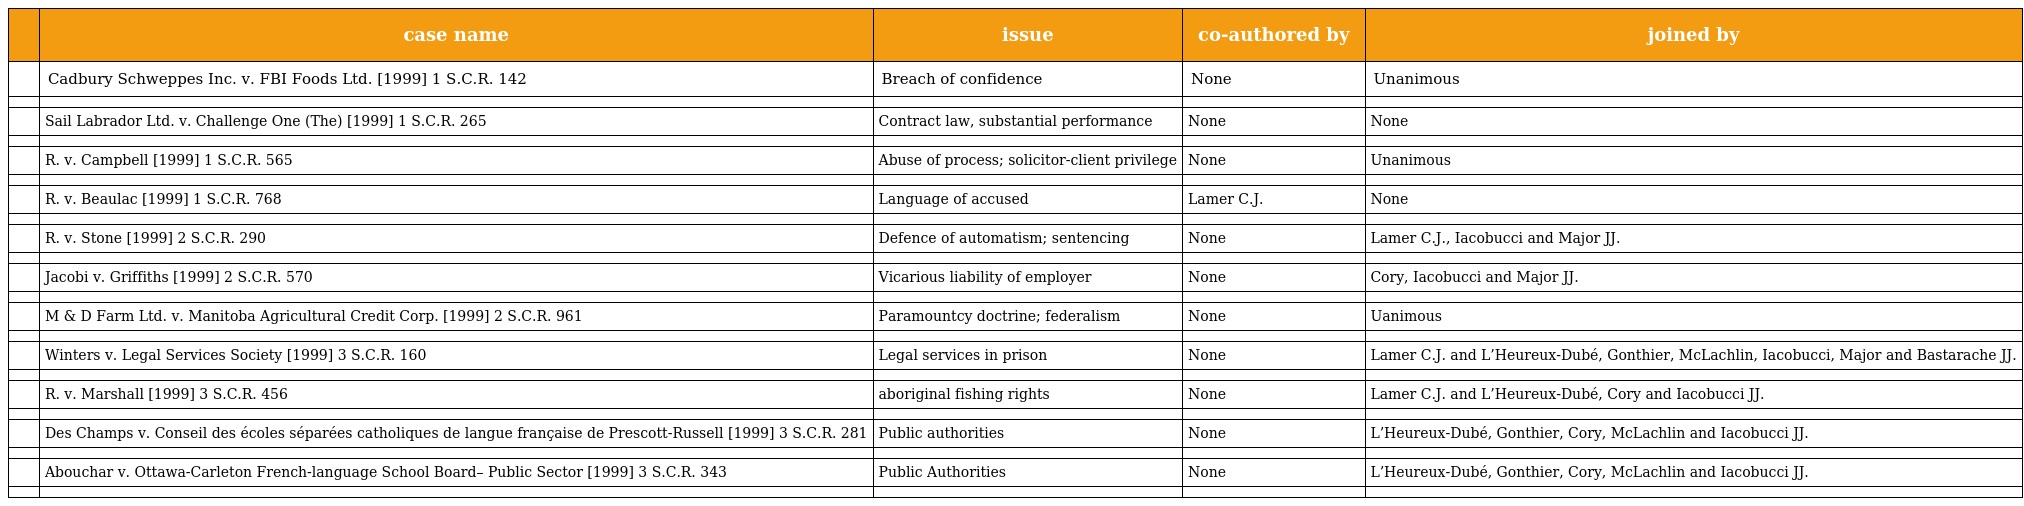
|  | case name | issue | co-authored by | joined by |
 | --- | --- | --- | --- | --- |
 |  | Cadbury Schweppes Inc. v. FBI Foods Ltd. [1999] 1 S.C.R. 142 | Breach of confidence | None | Unanimous |
 |  |  |  |  |  |
 |  | Sail Labrador Ltd. v. Challenge One (The) [1999] 1 S.C.R. 265 | Contract law, substantial performance | None | None |
 |  |  |  |  |  |
 |  | R. v. Campbell [1999] 1 S.C.R. 565 | Abuse of process; solicitor-client privilege | None | Unanimous |
 |  |  |  |  |  |
 |  | R. v. Beaulac [1999] 1 S.C.R. 768 | Language of accused | Lamer C.J. | None |
 |  |  |  |  |  |
 |  | R. v. Stone [1999] 2 S.C.R. 290 | Defence of automatism; sentencing | None | Lamer C.J., Iacobucci and Major JJ. |
 |  |  |  |  |  |
 |  | Jacobi v. Griffiths [1999] 2 S.C.R. 570 | Vicarious liability of employer | None | Cory, Iacobucci and Major JJ. |
 |  |  |  |  |  |
 |  | M & D Farm Ltd. v. Manitoba Agricultural Credit Corp. [1999] 2 S.C.R. 961 | Paramountcy doctrine; federalism | None | Uanimous |
 |  |  |  |  |  |
 |  | Winters v. Legal Services Society [1999] 3 S.C.R. 160 | Legal services in prison | None | Lamer C.J. and L’Heureux-Dubé, Gonthier, McLachlin, Iacobucci, Major and Bastarache JJ. |
 |  |  |  |  |  |
 |  | R. v. Marshall [1999] 3 S.C.R. 456 | aboriginal fishing rights | None | Lamer C.J. and L’Heureux-Dubé, Cory and Iacobucci JJ. |
 |  |  |  |  |  |
 |  | Des Champs v. Conseil des écoles séparées catholiques de langue française de Prescott-Russell [1999] 3 S.C.R. 281 | Public authorities | None | L’Heureux-Dubé, Gonthier, Cory, McLachlin and Iacobucci JJ. |
 |  |  |  |  |  |
 |  | Abouchar v. Ottawa-Carleton French-language School Board– Public Sector [1999] 3 S.C.R. 343 | Public Authorities | None | L’Heureux-Dubé, Gonthier, Cory, McLachlin and Iacobucci JJ. |
 |  |  |  |  |  |